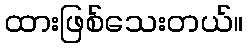
ထားဖြစ်သေးတယ်။